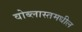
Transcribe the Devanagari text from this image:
वोब्लास्तमधील